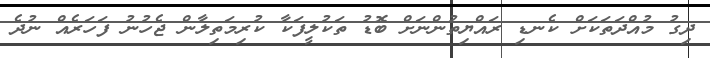
ދިގު މުއްދަތަކަށް ކެނޑި ރައްޔިތުންނަށް ބޮޑު ތަކުލީފަކާ ކުރިމަތިލާން ޖެހުނު ފަހަރެއް ނުދެ